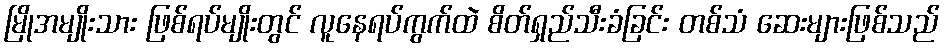
မြိုအမျိုးသား ဖြစ်ရပ်မျိုးတွင် လူနေရပ်ကွက်ထဲ စိတ်ရှည်သီးခံခြင်း တစ်သံ ဆေးများဖြစ်သည်